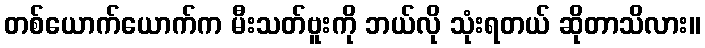
တစ်ယောက်ယောက်က မီးသတ်ဗူးကို ဘယ်လို သုံးရတယ် ဆိုတာသိလား။